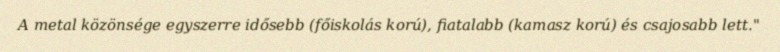
A metal közönsége egyszerre idősebb (főiskolás korú), fiatalabb (kamasz korú) és csajosabb lett."